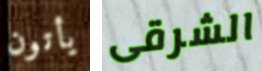
يأتون الشرقى